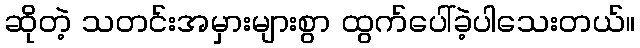
ဆိုတဲ့ သတင်းအမှားများစွာ ထွက်ပေါ်ခဲ့ပါသေးတယ်။